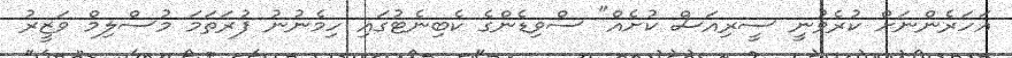
އަހަރެންނަށް ކުރެވުނީ ސީރިއަސް ކުށެއް" ސްވިޑެންގެ ކެބިނެޓުގައި ހިމެނުނު ފުރަތަމަ މުސްލިމް ވަޒީރު